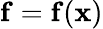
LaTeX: \mathbf{f}=\mathbf{f}(\mathbf{x})